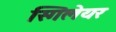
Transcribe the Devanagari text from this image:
स्गिलेयर